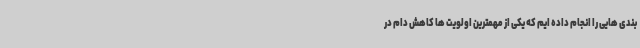
بندی هایی را انجام داده ایم که یکی از مهمترین اولویت ها کاهش دام در